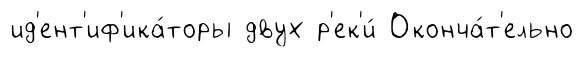
ид'ент'иф'ика́торы двух р'ек'и́ Оконча́т'ельно